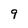
Character: 9